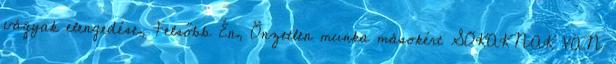
vágyak elengedése, Felsőbb Én, Önzetlen munka másokért SOKAKNAK VAN